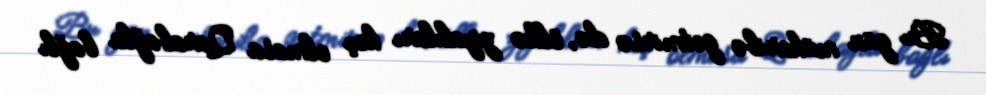
Bu gün müharibə getmirsə də, ölkə ziyalıları heç olmasa Qarabağla bağlı